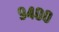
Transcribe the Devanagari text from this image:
९४००